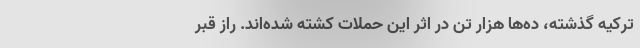
ترکیه گذشته، ده‌ها هزار تن در اثر این حملات کشته شده‌اند. راز قبر